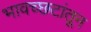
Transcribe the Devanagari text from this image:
भावच्छटांतून